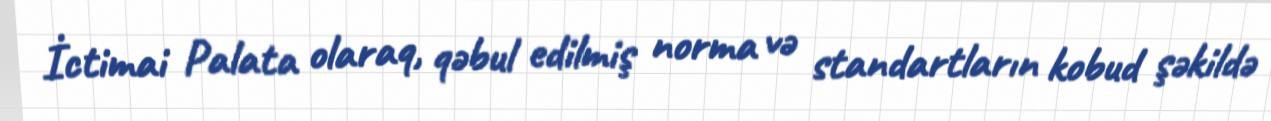
İctimai Palata olaraq, qəbul edilmiş norma və standartların kobud şəkildə